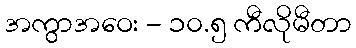
အကွာအဝေး - ၁၀.၅ ကီလိုမီတာ